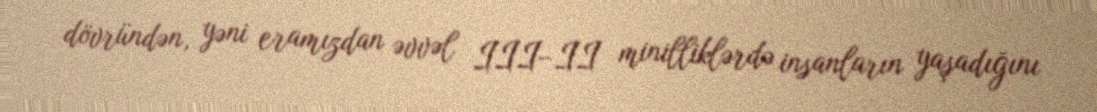
dövründən, yəni eramızdan əvvəl III–II minilliklərdə insanların yaşadığını